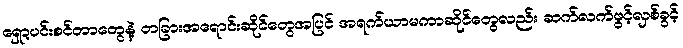
ရှော့ပင်းစင်တာတွေနဲ့ တခြားအရောင်းဆိုင်တွေအပြင် အရက်ယာမကာဆိုင်တွေလည်း ဆက်လက်ဖွင့်လှစ်ခွင့်